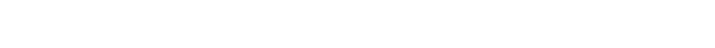
အပြစ်ရှိသည်ကို ပြေပျောက်အောင် တရားအားလျော်စွာ မကုစားသူ-ဗာလ၊ ကုစားသူ-ပဏ္ဍိတဟု